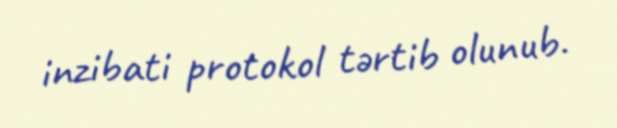
inzibati protokol tərtib olunub.